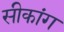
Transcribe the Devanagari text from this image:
सीकांग